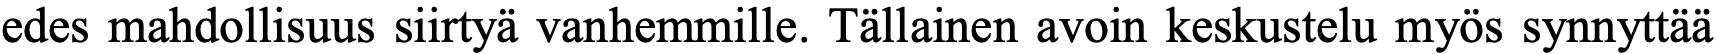
edes mahdollisuus siirtyä vanhemmille. Tällainen avoin keskustelu myös synnyttää